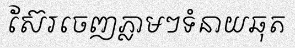
ស៊ែរចេញភ្លាមៗទំនាយឆុត